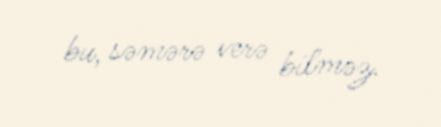
bu, səmərə verə bilməz.